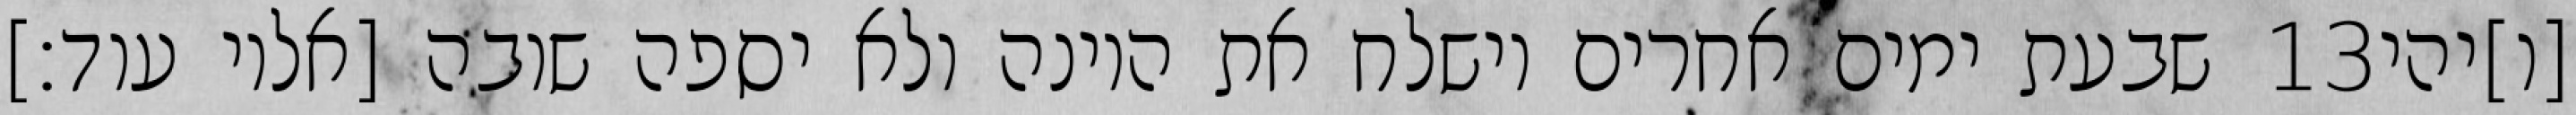
שבעת ימים אחרים וישלח את היונה ולא יספה שובה [אליו עוד׃] ‎13‏ [ו]יהי